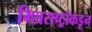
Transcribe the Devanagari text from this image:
मित्रराष्ट्रांकडून